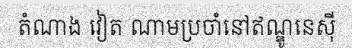
តំណាង វៀត ណាមប្រចាំនៅឥណ្ឌូនេស៊ី